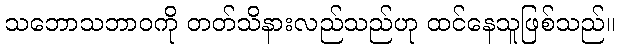
သဘောသဘာဝကို တတ်သိနားလည်သည်ဟု ထင်နေသူဖြစ်သည်။